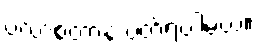
ပလာစတာနဲ့ ပတ်ရပါမယ်။